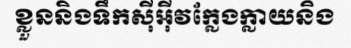
ខ្លួននិងទឹកស៊ីអ៊ីវក្លែងក្លាយនិង